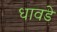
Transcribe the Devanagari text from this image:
धावडे